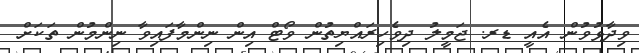
ވިދާޅުވުން އެއީ ޑރ. ޖަމީލު ދިވެހިރައްޔިތުން ވޯޓް އިން ނިންމާފައިވާ ނިންމުން ތަކަށް